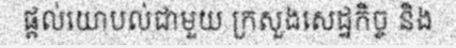
ផ្តល់យោបល់ជាមួយ ក្រសួងសេដ្ឋកិច្ច និង